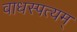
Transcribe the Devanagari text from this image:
वाधस्पत्यम्